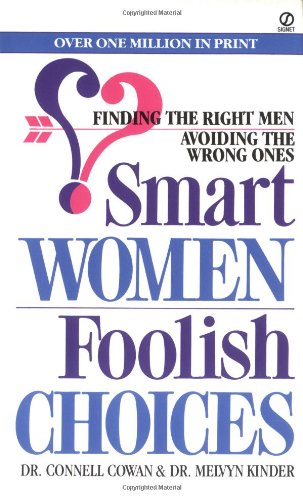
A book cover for Smart Women/Foolish Choices: Finding the Right Men Avoiding the Wrong Ones (Signet); Connell Cowan; Self-Help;